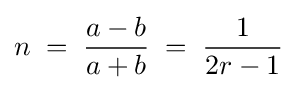
n\;=\;{\frac {a-b}{a+b}}\;=\;{\frac {1}{2r-1}}